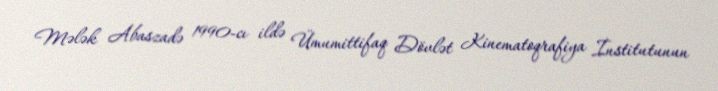
Mələk Abaszadə 1990-cı ildə Ümumittifaq Dövlət Kinematoqrafiya İnstitutunun